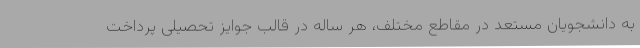
به دانشجویان مستعد در مقاطع مختلف، هر ساله در قالب جوایز تحصیلی پرداخت